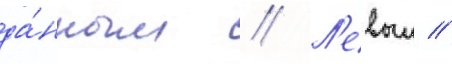
да́нным // Л'евыи //